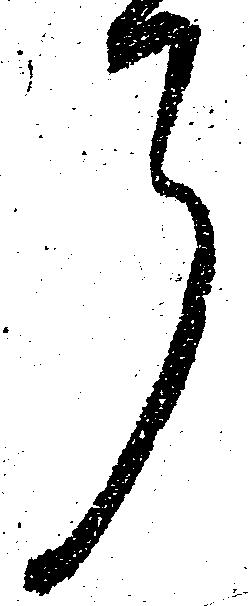
了